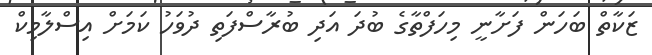
ޒަކާތް ބަހަން ފަށާނީ މިހަފްތާގެ ބުދަ އަދި ބުރާސްފަތި ދުވަހު ކަމަށް އިސްލާމިކް